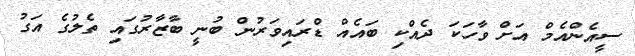
ސީއެންއެމް އަށް ވާހަކަ ދެއްކި ބައެއް ޑްރައިވަރުން ބުނީ ބާޒާރުގައި ތެލުގެ އަގު